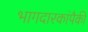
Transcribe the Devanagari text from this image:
भागदारकांपैकी